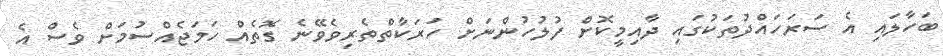
ބަހާލައި އެ ސަރަހައްދުތަކުގައި ދާއިމީކޮށް ފުލުހުންނަށް ހަރަކާތްތެރިވެވޭނެ ގޮތެއް ހަމަޖެއްސުމަށް ވެސް އެ